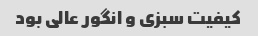
کیفیت سبزی و انگور عالی بود